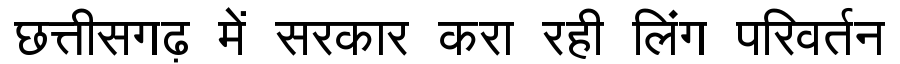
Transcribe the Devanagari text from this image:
छत्तीसगढ़ में सरकार करा रही लिंग परिवर्तन